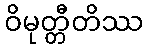
ဝိမုတ္တီတိဿ